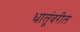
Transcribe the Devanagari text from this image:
धातूंवरील